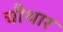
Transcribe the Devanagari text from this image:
चौथार